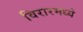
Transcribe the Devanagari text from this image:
विरारमध्ये